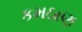
કમઠાણ